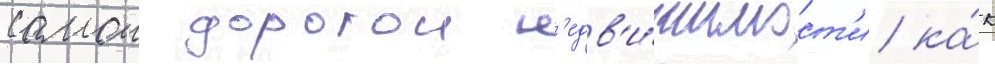
самои дорогои н'едв'и́жимост'и ка́к